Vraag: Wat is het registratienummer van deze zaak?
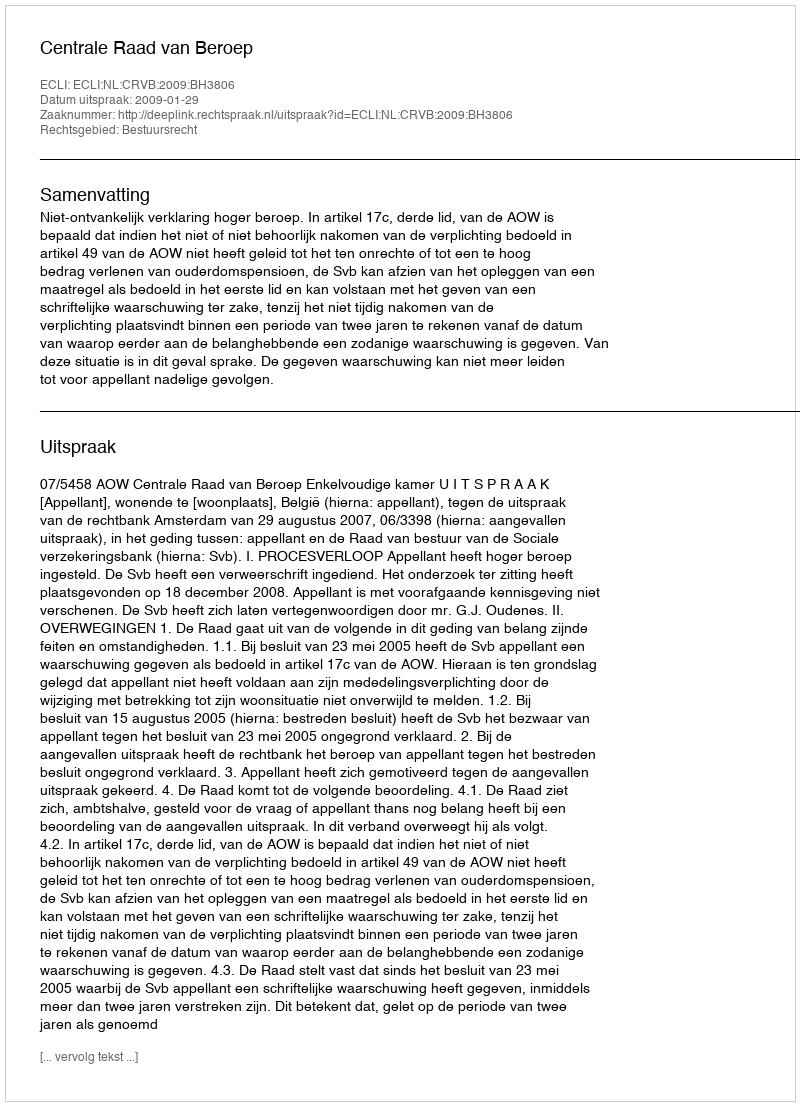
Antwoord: http://deeplink.rechtspraak.nl/uitspraak?id=ECLI:NL:CRVB:2009:BH3806